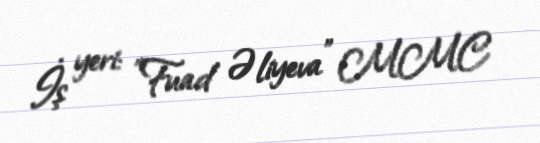
İş yeri: "Fuad Əliyeva" MMC